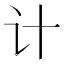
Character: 计